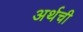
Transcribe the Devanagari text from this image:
अर्थची